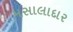
મસાલાદાર